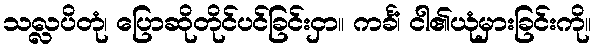
သလ္လပိတုံ၊ ပြောဆိုတိုင်ပင်ခြင်းငှာ။ ကင်္ခံ၊ ငါ၏ယုံမှားခြင်းကို။